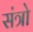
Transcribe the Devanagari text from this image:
संत्रो